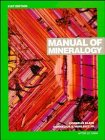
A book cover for Manual of Mineralogy (after James D. Dana); Cornelius Klein; Science & Math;